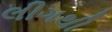
લીગથી